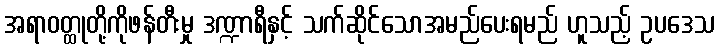
အရာဝတ္ထုတို့ကိုဖန်တီးမှု ဒဏ္ဍာရီနှင့် သက်ဆိုင်သောအမည်ပေးရမည် ဟူသည့် ဥပဒေသ